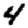
Digit: 4